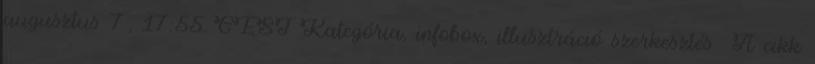
augusztus 7., 17:55 CEST Kategória, infobox, illusztráció szerkesztés A cikk